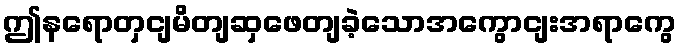
ဤနရောတှငျမိတျဆှဖေတျခဲ့သောအကွောငျးအရာကွေ